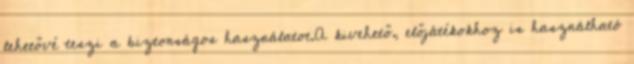
lehetővé teszi a biztonságos használatot.A kivehető, előjátékokhoz is használható